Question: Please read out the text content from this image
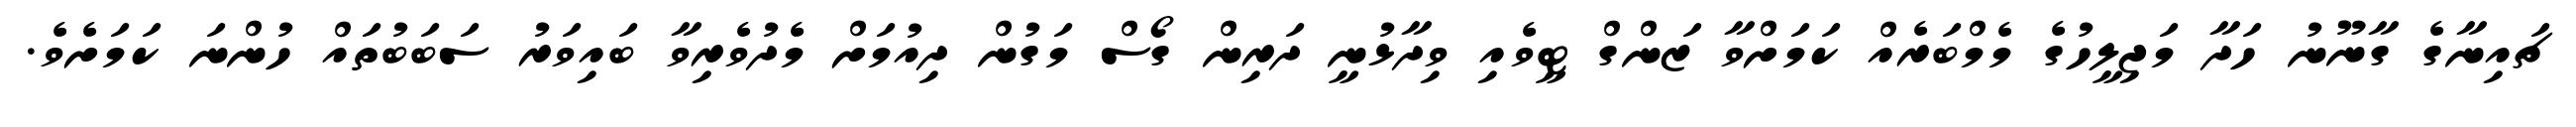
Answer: ޗައިނާގެ ގާނޫނު ހަދާ މަޖިލީހުގެ މެމްބަރެއް ކަމަށްވާ ޒަންގް ޓީވެއި ވިދާޅުނީ ދަރިން ގޯސް މަގުން ދިއުމަށް މެދުވެރިވާ ބައިވަރު ސަބަބުތައް ހުންނަ ކަމަށެވެ.